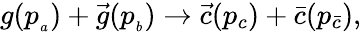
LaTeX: g(p_{{}_{a}})+\vec{g}(p_{{}_{b}})\rightarrow\vec{c}(p_{c})+\bar{c}(p_{\bar{c}}),